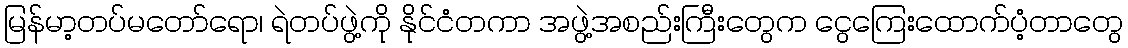
မြန်မာ့တပ်မတော်ရော၊ ရဲတပ်ဖွဲ့ကို နိုင်ငံတကာ အဖွဲ့အစည်းကြီးတွေက ငွေကြေးထောက်ပံ့တာတွေ